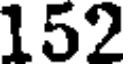
152